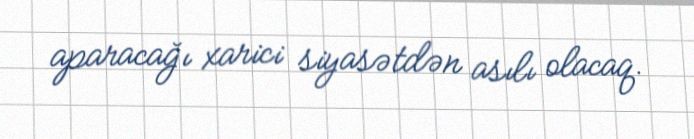
aparacağı xarici siyasətdən asılı olacaq.